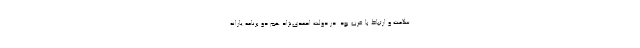
سلامت و ارتباط با غرب بود. در دولت احمدی‌نژاد هم دو برنامه یارانه